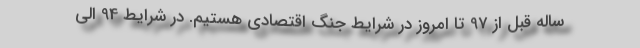
ساله قبل از 97 تا امروز در شرایط جنگ اقتصادی هستیم. در شرایط 94 الی